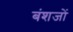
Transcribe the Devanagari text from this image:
बंशजों